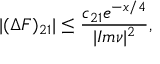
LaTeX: | ( \Delta F ) _ { 2 1 } | \leq \frac { c _ { 2 1 } e ^ { - x / 4 } } { | I m \nu | ^ { 2 } } ,